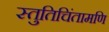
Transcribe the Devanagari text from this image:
स्तुतिचिंतामणि